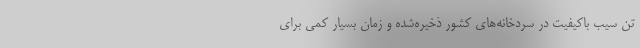
تن سیب باکیفیت در سردخانه‌های کشور ذخیره‌شده و زمان بسیار کمی برای